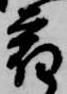
宿